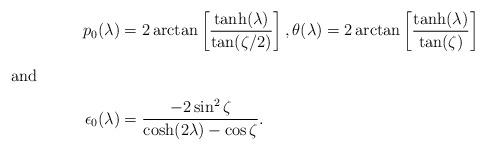
LaTeX: \begin{align*}p_0(\lambda) &=2\arctan \left[\frac{\tanh(\lambda)}{\tan(\zeta/2)}\right],\theta(\lambda) = 2 \arctan \left[\frac{\tanh(\lambda)}{\tan(\zeta)}\right]\intertext{and}\epsilon_0(\lambda) &= \frac{-2\sin^2 \zeta}{\cosh(2\lambda) -\cos \zeta}.\end{align*}